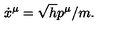
\dot { x } ^ { \mu } = \sqrt { h } p ^ { \mu } / m .